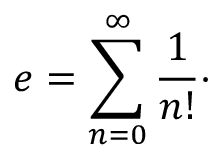
e = \sum _ { n = 0 } ^ { \infty } { \frac { 1 } { n ! } } \cdot